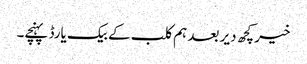
خیر کچھ دیر بعد ہم کلب کے بیک یارڈ پہنچے۔